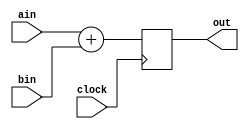
module adder(
clock,
ain,
bin,
out
);

input clock;
input [3:0] ain;
input [3:0] bin;

output [3:0] out;

wire clock;

wire [3:0] ain, bin;

reg [3:0] out;

always @ (posedge clock)
begin: ADD
	out <= ain + bin; 
end

endmodule